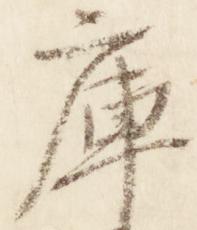
庫